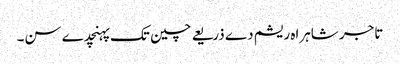
تاجر شاہراہ ریشم دے ذریعے چین تک پہنچدے سن۔